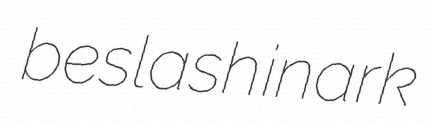
beslash inark